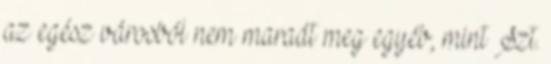
az egész városból nem maradt meg egyéb, mint Szt.